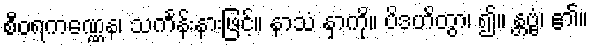
စီဝရကဏ္ဏေန၊ သင်္ကန်းနားဖြင့်။ နာသံ နှာကို။ ပိဒဟိတွာ၊ ၍။ န္တဗ္ဗံ၊ ၏။